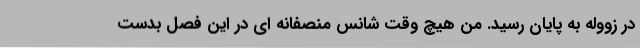
در زووله به پایان رسید. من هیچ وقت شانس منصفانه ای در این فصل بدست